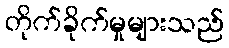
တိုက်ခိုက်မှုများသည်